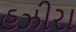
હઝીરા